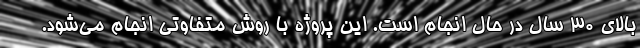
بالای ۳۰ سال در حال انجام است. این پروژه با روش متفاوتی انجام می‌شود.